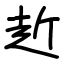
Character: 赾